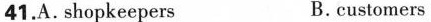
41.A. saying B.customers